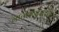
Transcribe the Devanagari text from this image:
नातलगांमध्ये